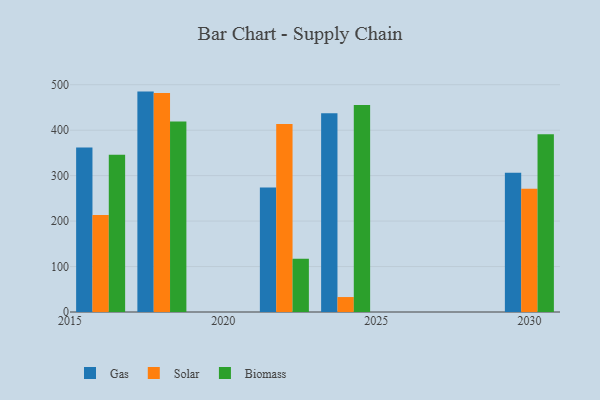
{"axis": {"x": "Year", "y": "Net Income (USD K)"}, "legend": ["Biomass", "Gas", "Solar"], "data": [{"x": "2018", "y": 484.9, "type": "Gas"}, {"x": "2018", "y": 481.7, "type": "Solar"}, {"x": "2018", "y": 419.0, "type": "Biomass"}, {"x": "2030", "y": 306.1, "type": "Gas"}, {"x": "2030", "y": 271.3, "type": "Solar"}, {"x": "2030", "y": 390.9, "type": "Biomass"}, {"x": "2024", "y": 437.5, "type": "Gas"}, {"x": "2024", "y": 32.9, "type": "Solar"}, {"x": "2024", "y": 455.4, "type": "Biomass"}, {"x": "2022", "y": 273.8, "type": "Gas"}, {"x": "2022", "y": 413.8, "type": "Solar"}, {"x": "2022", "y": 117.0, "type": "Biomass"}, {"x": "2016", "y": 361.7, "type": "Gas"}, {"x": "2016", "y": 213.3, "type": "Solar"}, {"x": "2016", "y": 345.7, "type": "Biomass"}]}